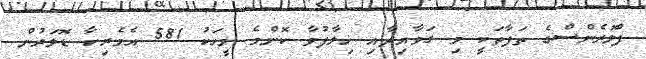
ފްލޮރެންސްގެ ތަފާތަކީ މި ގަވާއިދާއި ޚިލާފުވާ ކޮންމެ މީހަކު 581 އެމެރިކާ ޑޮލަރުން